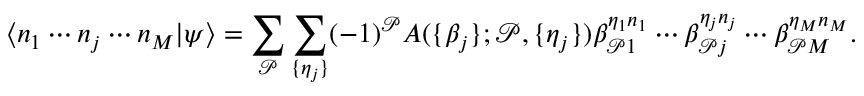
\langle n _ { 1 } \cdots n _ { j } \cdots n _ { M } | \psi \rangle = \sum _ { \mathcal { P } } \sum _ { \{ \eta _ { j } \} } ( - 1 ) ^ { \mathcal { P } } A ( \{ \beta _ { j } \} ; \mathcal { P } , \{ \eta _ { j } \} ) \beta _ { \mathcal { P } 1 } ^ { \eta _ { 1 } n _ { 1 } } \cdots \beta _ { \mathcal { P } j } ^ { \eta _ { j } n _ { j } } \cdots \beta _ { \mathcal { P } M } ^ { \eta _ { M } n _ { M } } .